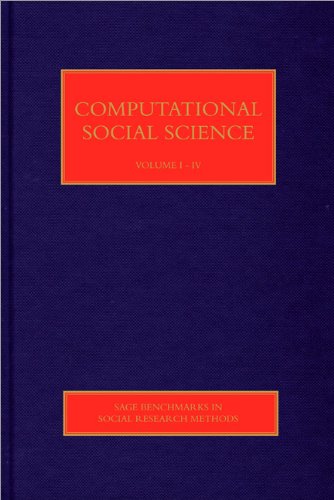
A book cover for Computational Social Science (SAGE Benchmarks in Social Research Methods); Computers & Technology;